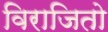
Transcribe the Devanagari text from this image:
विराजितो